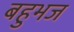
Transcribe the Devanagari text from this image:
बहुभज